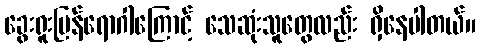
ခွေးရူးပြန်ရောဂါကြောင့် သေဆုံးသူတွေလည်း ရှိနေပါတယ်။